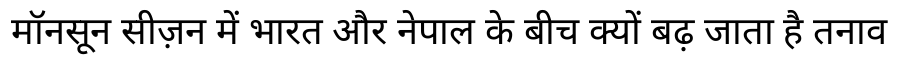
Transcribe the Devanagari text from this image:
मॉनसून सीज़न में भारत और नेपाल के बीच क्यों बढ़ जाता है तनाव